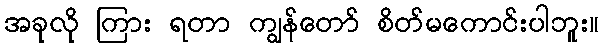
အခုလို ကြား ရတာ ကျွန်တော် စိတ်မကောင်းပါဘူး။